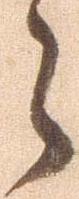
々